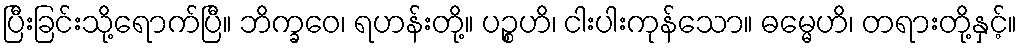
ပြီးခြင်းသို့ရောက်ပြီ။ ဘိက္ခဝေ၊ ရဟန်းတို့။ ပဉ္စဟိ၊ ငါးပါးကုန်သော။ ဓမ္မေဟိ၊ တရားတို့နှင့်။